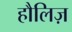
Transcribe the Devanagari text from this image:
हौलिज़